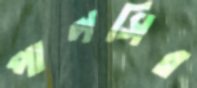
পালসির